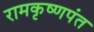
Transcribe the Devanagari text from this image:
रामकृष्णपंत